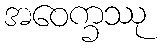
အဝေက္ခဿု